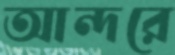
আন্দরে